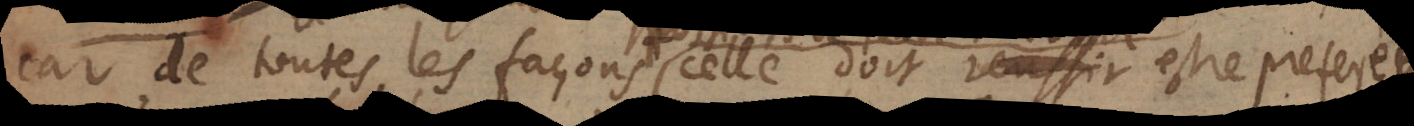
car de toutes les façons celle doit reussir estre preferée